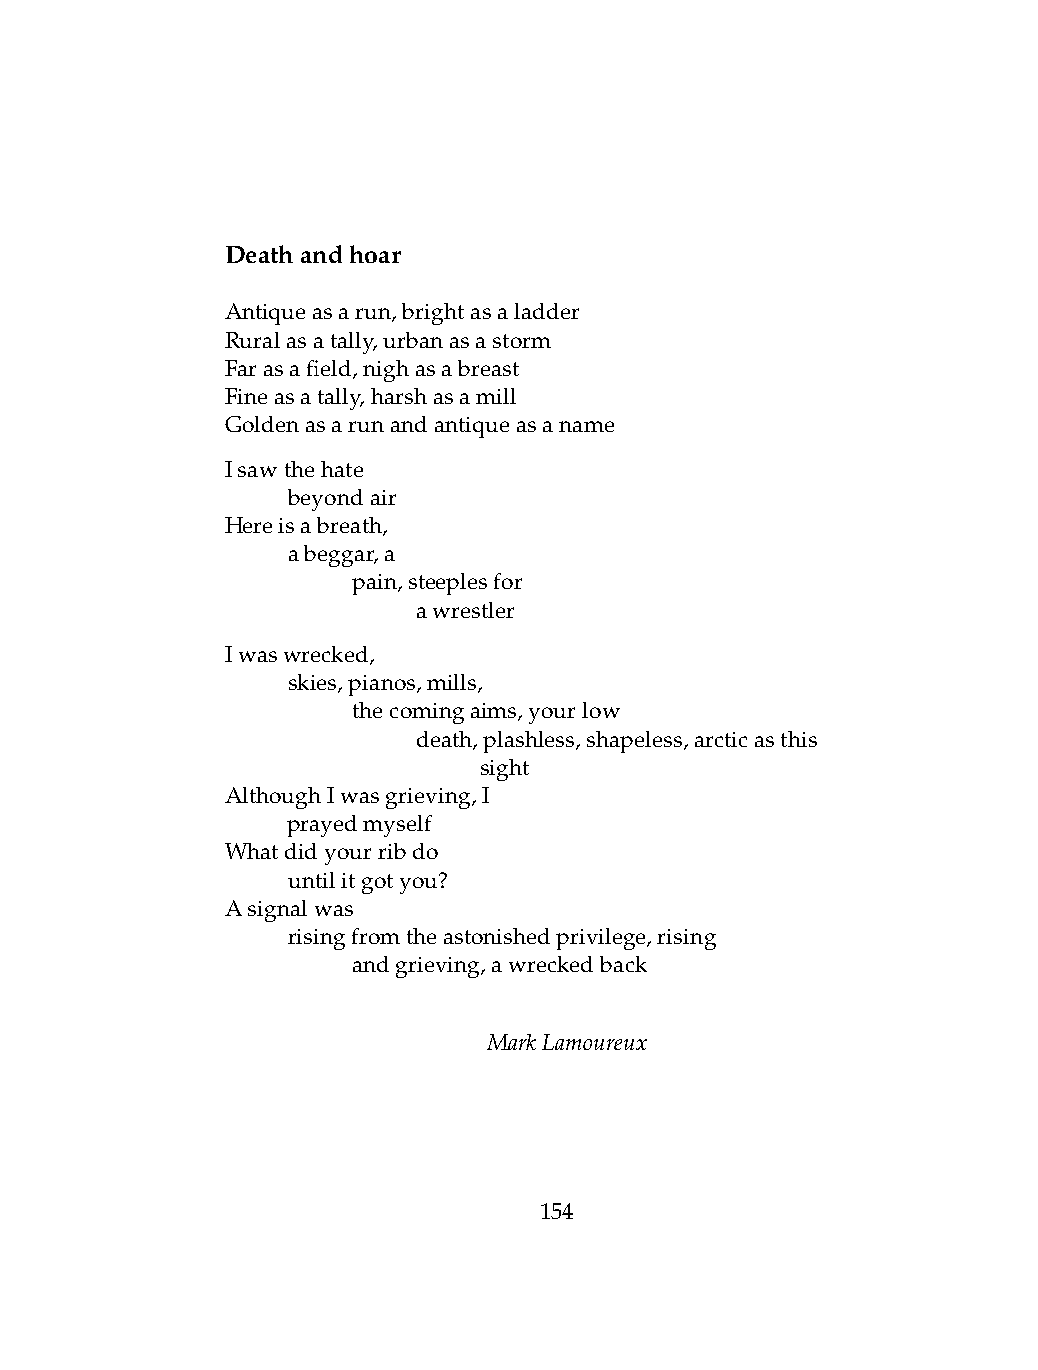
Deathandhoar
 Antiqueasarun,brightasaladder
 Ruralasatally,urbanasastorm
 Farasafield,nighasabreast
 Fineasatally,harshasamill
 Goldenasarunandantiqueasaname
 Isawthehate
 .   beyondair
 Hereisabreath,
 .   abeggar,a
 .   .   pain,steeplesfor
 .   .   .    awrestler
 Iwaswrecked,
 .   skies,pianos,mills,
 .   .   thecomingaims,yourlow
 .   .   .    death,plashless,shapeless,arcticasthis
 .   .   .    .   sight
 AlthoughIwasgrieving,I
 .   prayedmyself
 Whatdidyourribdo
 .   untilitgotyou?
 Asignalwas
 .   risingfromtheastonishedprivilege,rising
 .   .   andgrieving,awreckedback
 MarkLamoureux
 154